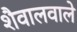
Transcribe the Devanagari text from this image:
शैवालवाले